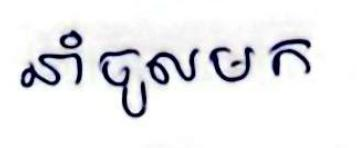
នាំចូលមក